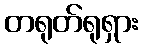
တရုတ်ရုရှား